Annual administration and progress report of the Indian Medical Department, Bombay
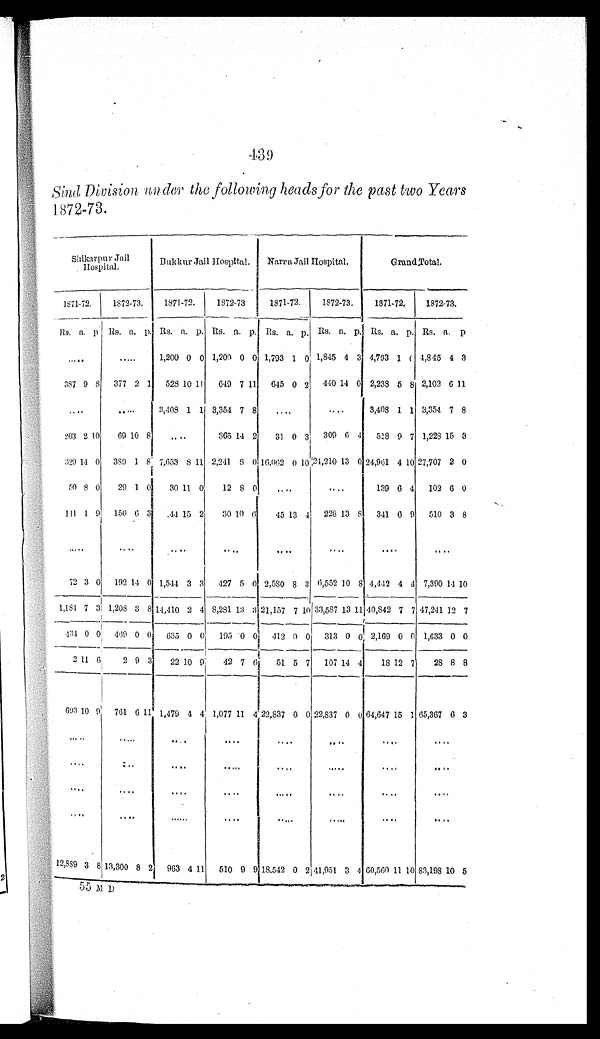
Sind, Division under the following heads for the past two Years
1872-73.
Shikarpur Jail
Hospital.
Bukkur Jail Hospital. Narra Jail Hospital.
Grand Total.
1871-72.
1872-73.
1871-72.
1872-73
1871-72.
1872-73.
1871-72.
1872-73.
Rs. a. p. Rs. a. p. Rs. a. p. Rs. a. p. Rs. a. p. Rs. a. p. Rs. a. p. Rs. a. p .
. . .
. . .
1,200 0 0 1,200 0
0 1,793 1 0 1,845 4 3 4,793 1 0 4,845 4 3
387 9 8 377 2 1 528 10 11 649 7 11 645 0 2 440 14 0 2,238 5 8 2,102 6 11
. . .
. . . 3,408 1 1 3,354 7 8
. . .
. . .
3,408 1 1 3,354 7 8
203 2 10
69 10 8
. . .
365 14 2
31 0 3 309 6 1 518 9 7 1,228 15 3
329 14 0 389 1 8 7,653 8 11 2,241 8 0 16,062 0 1 0
2 4 , 2 1 0 13 0 24,961 4 10 27,707 2 0
50 8 0
29 1 0
30 11 0
12 8 0
. . .
. . .
139 6 4 102 6 0
141 1 9 150 6 3
44 15 2
30 10 6
45 13 4 228 13 8 341 6 9 510 3 8
. . .
. . .
. . .
. . .
. . .
. . .
. . .
. . .
72 3 0 192 14 0 1,544 3 3 427 5 0 2,580 8 3 6,552 10 8 4,442 4 4 7,390 14 10
1,184 7 3 1,208 3 8 14,410 2 4 8,281 13 3 21,157 7 10 33,587 13 11 40,842 7 7 47,241 12 7
4 3 4 0 0 469 0 0 635 0 0 195 0 0 412 0 0 313 0 0 2,169 0 0 1,633 0 0
2 11 6
2 9 3
22 10 9
42 7 6
5 1 5 7 107 14 4
18 12 7
28 8 8
693 10 9 761 6 11 1,479 4 4 1,077 11 4 22,837 0 0 22,837 0 0 64,647 15 1 65,367 6 3
. . .
. . .
. . .
. . .
. . .
. . .
. . .
. . .
. . .
. . .
. . .
. . .
. . .
. . .
. . . . . .
. . .
. . .
. . .
. . .
. . .
. . .
. . .
. . .
. . .
. . .
. . .
. . .
. . .
. . .
. . .
. . .
12,889 3 8 13,300 8 2 963 4 11 510 9 9 18,542 0
2
41,951 3 4 60,560 11 10 83,198 10 5
55 M D